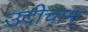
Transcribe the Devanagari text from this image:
उदीचाम्